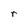
Character: r